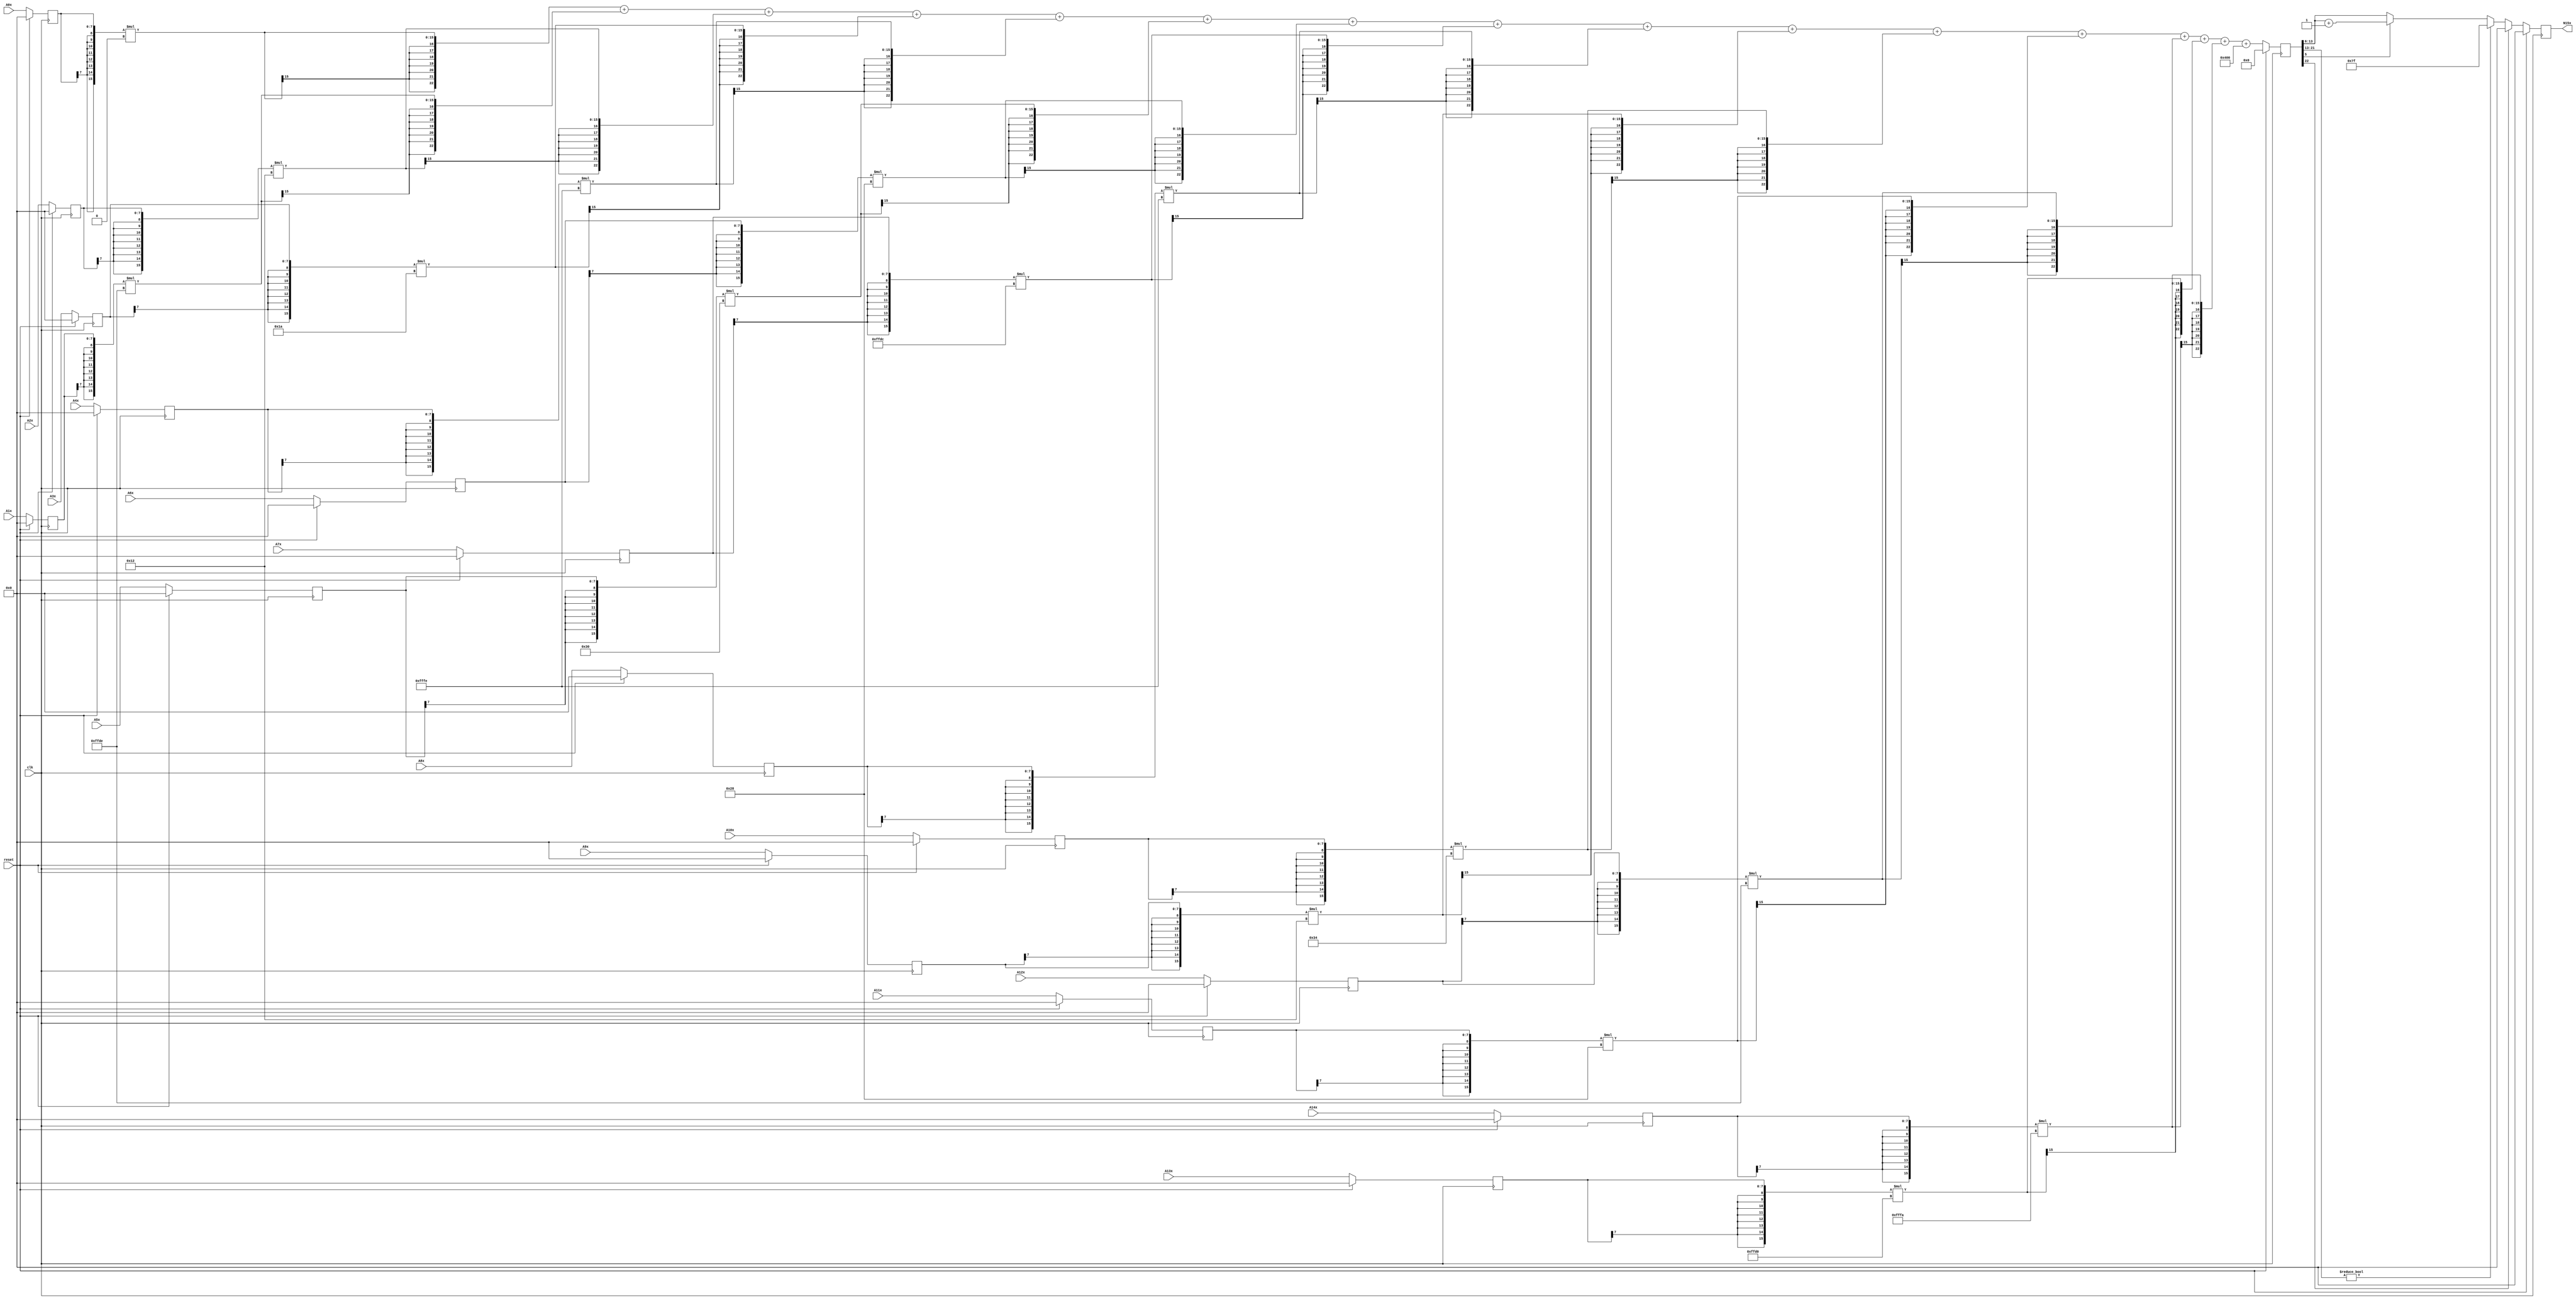
module node_4_15(clk,reset,N15x,A0x,A1x,A2x,A3x,A4x,A5x,A6x,A7x,A8x,A9x,A10x,A11x,A12x,A13x,A14x);
	input clk;
	input reset;
	input [7:0] A0x, A1x, A2x, A3x, A4x, A5x, A6x, A7x, A8x, A9x, A10x, A11x, A12x, A13x, A14x;
	reg [7:0] A0x_c, A1x_c, A2x_c, A3x_c, A4x_c, A5x_c, A6x_c, A7x_c, A8x_c, A9x_c, A10x_c, A11x_c, A12x_c, A13x_c, A14x_c;
	wire [15:0] sum0x, sum1x, sum2x, sum3x, sum4x, sum5x, sum6x, sum7x, sum8x, sum9x, sum10x, sum11x, sum12x, sum13x, sum14x;
	output reg [7:0] N15x;
	reg [22:0] sumout;

	parameter [7:0] W0x=8'd0;
	parameter [7:0] W1x=-8'd34;
	parameter [7:0] W2x=8'd18;
	parameter [7:0] W3x=8'd26;
	parameter [7:0] W4x=-8'd2;
	parameter [7:0] W5x=8'd48;
	parameter [7:0] W6x=8'd40;
	parameter [7:0] W7x=-8'd36;
	parameter [7:0] W8x=-8'd2;
	parameter [7:0] W9x=8'd18;
	parameter [7:0] W10x=8'd52;
	parameter [7:0] W11x=8'd40;
	parameter [7:0] W12x=-8'd34;
	parameter [7:0] W13x=-8'd48;
	parameter [7:0] W14x=-8'd6;
	parameter [15:0] B0x=16'd1024;


	assign sum0x = {A0x_c[7],A0x_c[7],A0x_c[7],A0x_c[7],A0x_c[7],A0x_c[7],A0x_c[7],A0x_c[7],A0x_c}*{W0x[7],W0x[7],W0x[7],W0x[7],W0x[7],W0x[7],W0x[7],W0x[7],W0x};
	assign sum1x = {A1x_c[7],A1x_c[7],A1x_c[7],A1x_c[7],A1x_c[7],A1x_c[7],A1x_c[7],A1x_c[7],A1x_c}*{W1x[7],W1x[7],W1x[7],W1x[7],W1x[7],W1x[7],W1x[7],W1x[7],W1x};
	assign sum2x = {A2x_c[7],A2x_c[7],A2x_c[7],A2x_c[7],A2x_c[7],A2x_c[7],A2x_c[7],A2x_c[7],A2x_c}*{W2x[7],W2x[7],W2x[7],W2x[7],W2x[7],W2x[7],W2x[7],W2x[7],W2x};
	assign sum3x = {A3x_c[7],A3x_c[7],A3x_c[7],A3x_c[7],A3x_c[7],A3x_c[7],A3x_c[7],A3x_c[7],A3x_c}*{W3x[7],W3x[7],W3x[7],W3x[7],W3x[7],W3x[7],W3x[7],W3x[7],W3x};
	assign sum4x = {A4x_c[7],A4x_c[7],A4x_c[7],A4x_c[7],A4x_c[7],A4x_c[7],A4x_c[7],A4x_c[7],A4x_c}*{W4x[7],W4x[7],W4x[7],W4x[7],W4x[7],W4x[7],W4x[7],W4x[7],W4x};
	assign sum5x = {A5x_c[7],A5x_c[7],A5x_c[7],A5x_c[7],A5x_c[7],A5x_c[7],A5x_c[7],A5x_c[7],A5x_c}*{W5x[7],W5x[7],W5x[7],W5x[7],W5x[7],W5x[7],W5x[7],W5x[7],W5x};
	assign sum6x = {A6x_c[7],A6x_c[7],A6x_c[7],A6x_c[7],A6x_c[7],A6x_c[7],A6x_c[7],A6x_c[7],A6x_c}*{W6x[7],W6x[7],W6x[7],W6x[7],W6x[7],W6x[7],W6x[7],W6x[7],W6x};
	assign sum7x = {A7x_c[7],A7x_c[7],A7x_c[7],A7x_c[7],A7x_c[7],A7x_c[7],A7x_c[7],A7x_c[7],A7x_c}*{W7x[7],W7x[7],W7x[7],W7x[7],W7x[7],W7x[7],W7x[7],W7x[7],W7x};
	assign sum8x = {A8x_c[7],A8x_c[7],A8x_c[7],A8x_c[7],A8x_c[7],A8x_c[7],A8x_c[7],A8x_c[7],A8x_c}*{W8x[7],W8x[7],W8x[7],W8x[7],W8x[7],W8x[7],W8x[7],W8x[7],W8x};
	assign sum9x = {A9x_c[7],A9x_c[7],A9x_c[7],A9x_c[7],A9x_c[7],A9x_c[7],A9x_c[7],A9x_c[7],A9x_c}*{W9x[7],W9x[7],W9x[7],W9x[7],W9x[7],W9x[7],W9x[7],W9x[7],W9x};
	assign sum10x = {A10x_c[7],A10x_c[7],A10x_c[7],A10x_c[7],A10x_c[7],A10x_c[7],A10x_c[7],A10x_c[7],A10x_c}*{W10x[7],W10x[7],W10x[7],W10x[7],W10x[7],W10x[7],W10x[7],W10x[7],W10x};
	assign sum11x = {A11x_c[7],A11x_c[7],A11x_c[7],A11x_c[7],A11x_c[7],A11x_c[7],A11x_c[7],A11x_c[7],A11x_c}*{W11x[7],W11x[7],W11x[7],W11x[7],W11x[7],W11x[7],W11x[7],W11x[7],W11x};
	assign sum12x = {A12x_c[7],A12x_c[7],A12x_c[7],A12x_c[7],A12x_c[7],A12x_c[7],A12x_c[7],A12x_c[7],A12x_c}*{W12x[7],W12x[7],W12x[7],W12x[7],W12x[7],W12x[7],W12x[7],W12x[7],W12x};
	assign sum13x = {A13x_c[7],A13x_c[7],A13x_c[7],A13x_c[7],A13x_c[7],A13x_c[7],A13x_c[7],A13x_c[7],A13x_c}*{W13x[7],W13x[7],W13x[7],W13x[7],W13x[7],W13x[7],W13x[7],W13x[7],W13x};
	assign sum14x = {A14x_c[7],A14x_c[7],A14x_c[7],A14x_c[7],A14x_c[7],A14x_c[7],A14x_c[7],A14x_c[7],A14x_c}*{W14x[7],W14x[7],W14x[7],W14x[7],W14x[7],W14x[7],W14x[7],W14x[7],W14x};

	always@(posedge clk) begin

		if(reset)
			begin
			N15x<=8'd0;
			sumout<=16'd0;
			A0x_c <= 8'd0;
			A1x_c <= 8'd0;
			A2x_c <= 8'd0;
			A3x_c <= 8'd0;
			A4x_c <= 8'd0;
			A5x_c <= 8'd0;
			A6x_c <= 8'd0;
			A7x_c <= 8'd0;
			A8x_c <= 8'd0;
			A9x_c <= 8'd0;
			A10x_c <= 8'd0;
			A11x_c <= 8'd0;
			A12x_c <= 8'd0;
			A13x_c <= 8'd0;
			A14x_c <= 8'd0;
			end
		else
			begin
			A0x_c <= A0x;
			A1x_c <= A1x;
			A2x_c <= A2x;
			A3x_c <= A3x;
			A4x_c <= A4x;
			A5x_c <= A5x;
			A6x_c <= A6x;
			A7x_c <= A7x;
			A8x_c <= A8x;
			A9x_c <= A9x;
			A10x_c <= A10x;
			A11x_c <= A11x;
			A12x_c <= A12x;
			A13x_c <= A13x;
			A14x_c <= A14x;
			sumout<={sum0x[15],sum0x[15],sum0x[15],sum0x[15],sum0x[15],sum0x[15],sum0x[15],sum0x}+{sum1x[15],sum1x[15],sum1x[15],sum1x[15],sum1x[15],sum1x[15],sum1x[15],sum1x}+{sum2x[15],sum2x[15],sum2x[15],sum2x[15],sum2x[15],sum2x[15],sum2x[15],sum2x}+{sum3x[15],sum3x[15],sum3x[15],sum3x[15],sum3x[15],sum3x[15],sum3x[15],sum3x}+{sum4x[15],sum4x[15],sum4x[15],sum4x[15],sum4x[15],sum4x[15],sum4x[15],sum4x}+{sum5x[15],sum5x[15],sum5x[15],sum5x[15],sum5x[15],sum5x[15],sum5x[15],sum5x}+{sum6x[15],sum6x[15],sum6x[15],sum6x[15],sum6x[15],sum6x[15],sum6x[15],sum6x}+{sum7x[15],sum7x[15],sum7x[15],sum7x[15],sum7x[15],sum7x[15],sum7x[15],sum7x}+{sum8x[15],sum8x[15],sum8x[15],sum8x[15],sum8x[15],sum8x[15],sum8x[15],sum8x}+{sum9x[15],sum9x[15],sum9x[15],sum9x[15],sum9x[15],sum9x[15],sum9x[15],sum9x}+{sum10x[15],sum10x[15],sum10x[15],sum10x[15],sum10x[15],sum10x[15],sum10x[15],sum10x}+{sum11x[15],sum11x[15],sum11x[15],sum11x[15],sum11x[15],sum11x[15],sum11x[15],sum11x}+{sum12x[15],sum12x[15],sum12x[15],sum12x[15],sum12x[15],sum12x[15],sum12x[15],sum12x}+{sum13x[15],sum13x[15],sum13x[15],sum13x[15],sum13x[15],sum13x[15],sum13x[15],sum13x}+{sum14x[15],sum14x[15],sum14x[15],sum14x[15],sum14x[15],sum14x[15],sum14x[15],sum14x}+{B0x[15],B0x[15],B0x[15],B0x[15],B0x[15],B0x[15],B0x[15],B0x};

			if(sumout[22]==0)
				begin
				if(sumout[21:13]!=9'b0)
					N15x<=8'd127;
				else
					begin
					if(sumout[5]==1)
						N15x<=sumout[13:6]+8'd1;
					else
						N15x<=sumout[13:6];
					end
				end
			else
				N15x<=8'd0;
			end
		end
endmodule